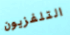
التلفزيون